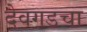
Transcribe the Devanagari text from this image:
देवगडचा